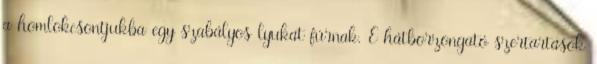
a homlokcsontjukba egy szabályos lyukat fúrnak. E hátborzongató szertartások